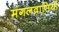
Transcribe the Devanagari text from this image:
मंगलवासियों